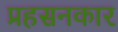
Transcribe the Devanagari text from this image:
प्रहसनकार